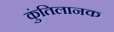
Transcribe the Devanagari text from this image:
कुंतिलानक